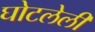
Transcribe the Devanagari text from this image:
घोटलेली